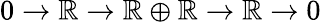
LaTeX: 0\to\mathbb{R}\to\mathbb{R}\oplus\mathbb{R}\to\mathbb{R}\to0